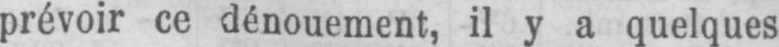
prévoir ce dénouement, il y a quelques